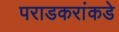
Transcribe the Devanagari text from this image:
पराडकरांकडे